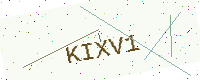
Text: KIXV1